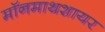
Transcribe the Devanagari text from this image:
मॉनमाथशायर